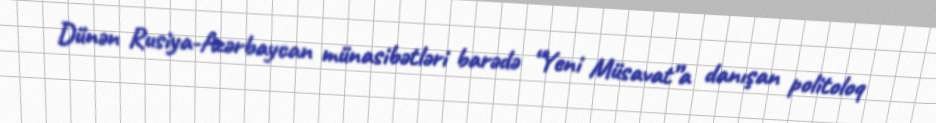
Dünən Rusiya-Azərbaycan münasibətləri barədə “Yeni Müsavat”a danışan politoloq